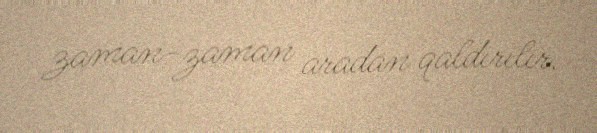
zaman-zaman aradan qaldırılır.